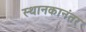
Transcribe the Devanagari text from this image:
स्थानकानंतर